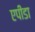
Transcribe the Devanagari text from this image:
एपीडा